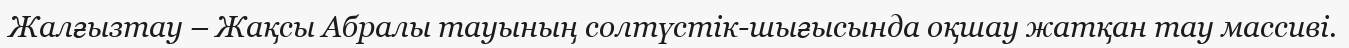
Жалғызтау – Жақсы Абралы тауының солтүстік-шығысында оқшау жатқан тау массиві.